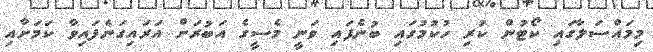
މިމައްސަލާގައި ކޯޓުން ކުރި ހުކުމުގައި ބުނެފައި ވަނީ މެސީގެ އަބުރަށް އަރައިގަނެފައިވާ ކަމަށާއި